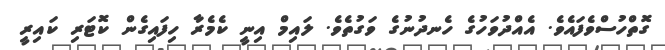
ގޮތްހުސްވެފައެވެ. އެއްދުވަހުގެ ހެނދުނުގެ ވަގުތެވެ. ލައިމް އިނީ ކެމެރާ ހިފައިގެން ކޮޓަރި ކައިރީ